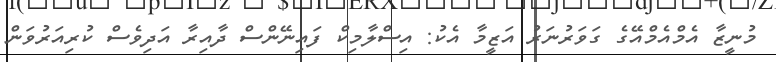
މުނީޒާ އެމްއެމްއޭގެ ގަވަރުނަރު އަޒީމާ އެކު: އިސްލާމިކް ފައިނޭންސް ދާއިރާ އަދިވެސް ކުރިއަރުވަން